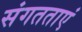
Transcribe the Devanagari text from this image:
संगतताएं